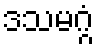
ဒသမဂ္ဂံ